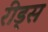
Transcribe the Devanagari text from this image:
रीड्स